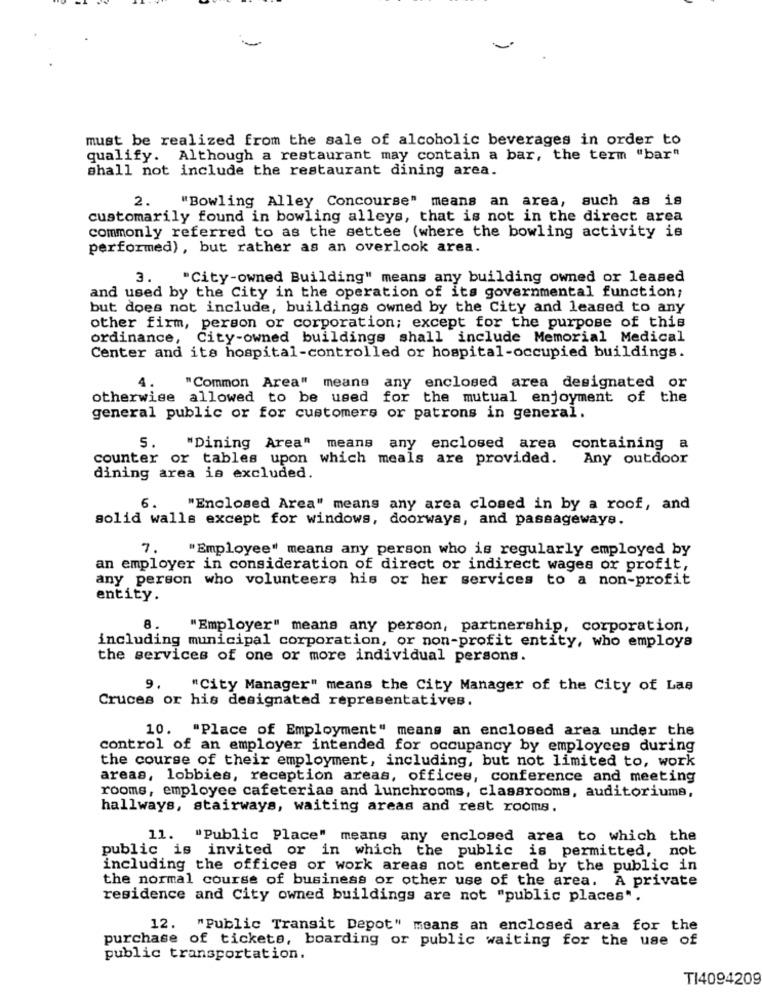
must be realized from the sale of alcoholic beverages in order to
qualify. Although a restaurant may contain a bar, the term "bar"
shall not include the restaurant dining area.
2.
"Bowling Alley Concourse" means an area, such as is
customarily found in bowling alleys, that is not in the direct area
commonly referred to as the settee (where the bowling activity is
performed), but rather as an overlook area.
3.
"City-owned Building" means any building owned or leased
and used by the City in the operation of its governmental function;
but does not include, buildings owned by the City and leased to any
other firm, person or corporation; except for the purpose of this
ordinance, City-owned buildings shall include Memorial Medical
Center and its hospital-controlled or hospital-occupied buildings.
"Common Area" means any enclosed area designated or
otherwise allowed to be used for the mutual enjoyment of the
general public or for customers or patrons in general.
5.
"Dining Area" means any enclosed area containing a
counter or tables upon which meals are provided.
Any outdoor
dining area is excluded.
6. "Enclosed Area" means any area closed in by a roof, and
solid walls except for windows, doorways, and passageways.
7. "Employee" means any person who is regularly employed by
an employer in consideration of direct or indirect wages or profit,
any person who volunteers his or her services to a non-profit
entity.
8.
"Employer" means any person, partnership, corporation,
including municipal corporation, or non-profit entity, who employs
the services of one or more individual persons.
9.
"City Manager" means the City Manager of the City of Las
Cruces or his designated representatives.
10. "Place of Employment" means an enclosed area under the
control of an employer intended for occupancy by employees during
the course of their employment, including, but not limited to, work
areas, lobbies, reception areas, offices, conference and meeting
rooms, employee cafeterias and lunchrooms, classrooms, auditoriume,
hallways, stairways, waiting areas and rest rooms.
11. "Public Place" means any enclosed area to which the
public is invited or in which the public is permitted,
not
including the offices or work areas not entered by the public in
the normal course of business or other use of the area. A private
residence and City owned buildings are not "public places".
12. "Public Transit Depot" means an enclosed area for the
purchase of tickets, boarding or public waiting for the use of
public transportation.
TI4094209